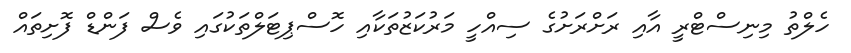
ހެލްތު މިނިސްޓްރީ އާއި ރަށްރަށުގެ ސިއްހީ މަރުކަޒުތަކާއި ހޮސްޕިޓަލްތަކުގައި ވެސް ފަންޑް ފޮށިތައް